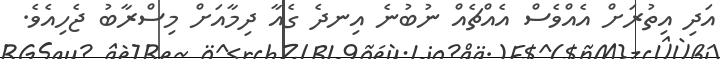
އަދި އިތުރަށް އެއްވެސް އެއްޗެއް ނުބުނެ އިނދެ ގެއާ ދިމާއަށް މިސްރާބު ޖެހިއެވެ.